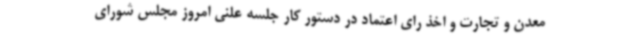
معدن و تجارت و اخذ رای اعتماد در دستور کار جلسه علنی امروز مجلس شورای